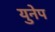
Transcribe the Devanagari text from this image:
युनेप